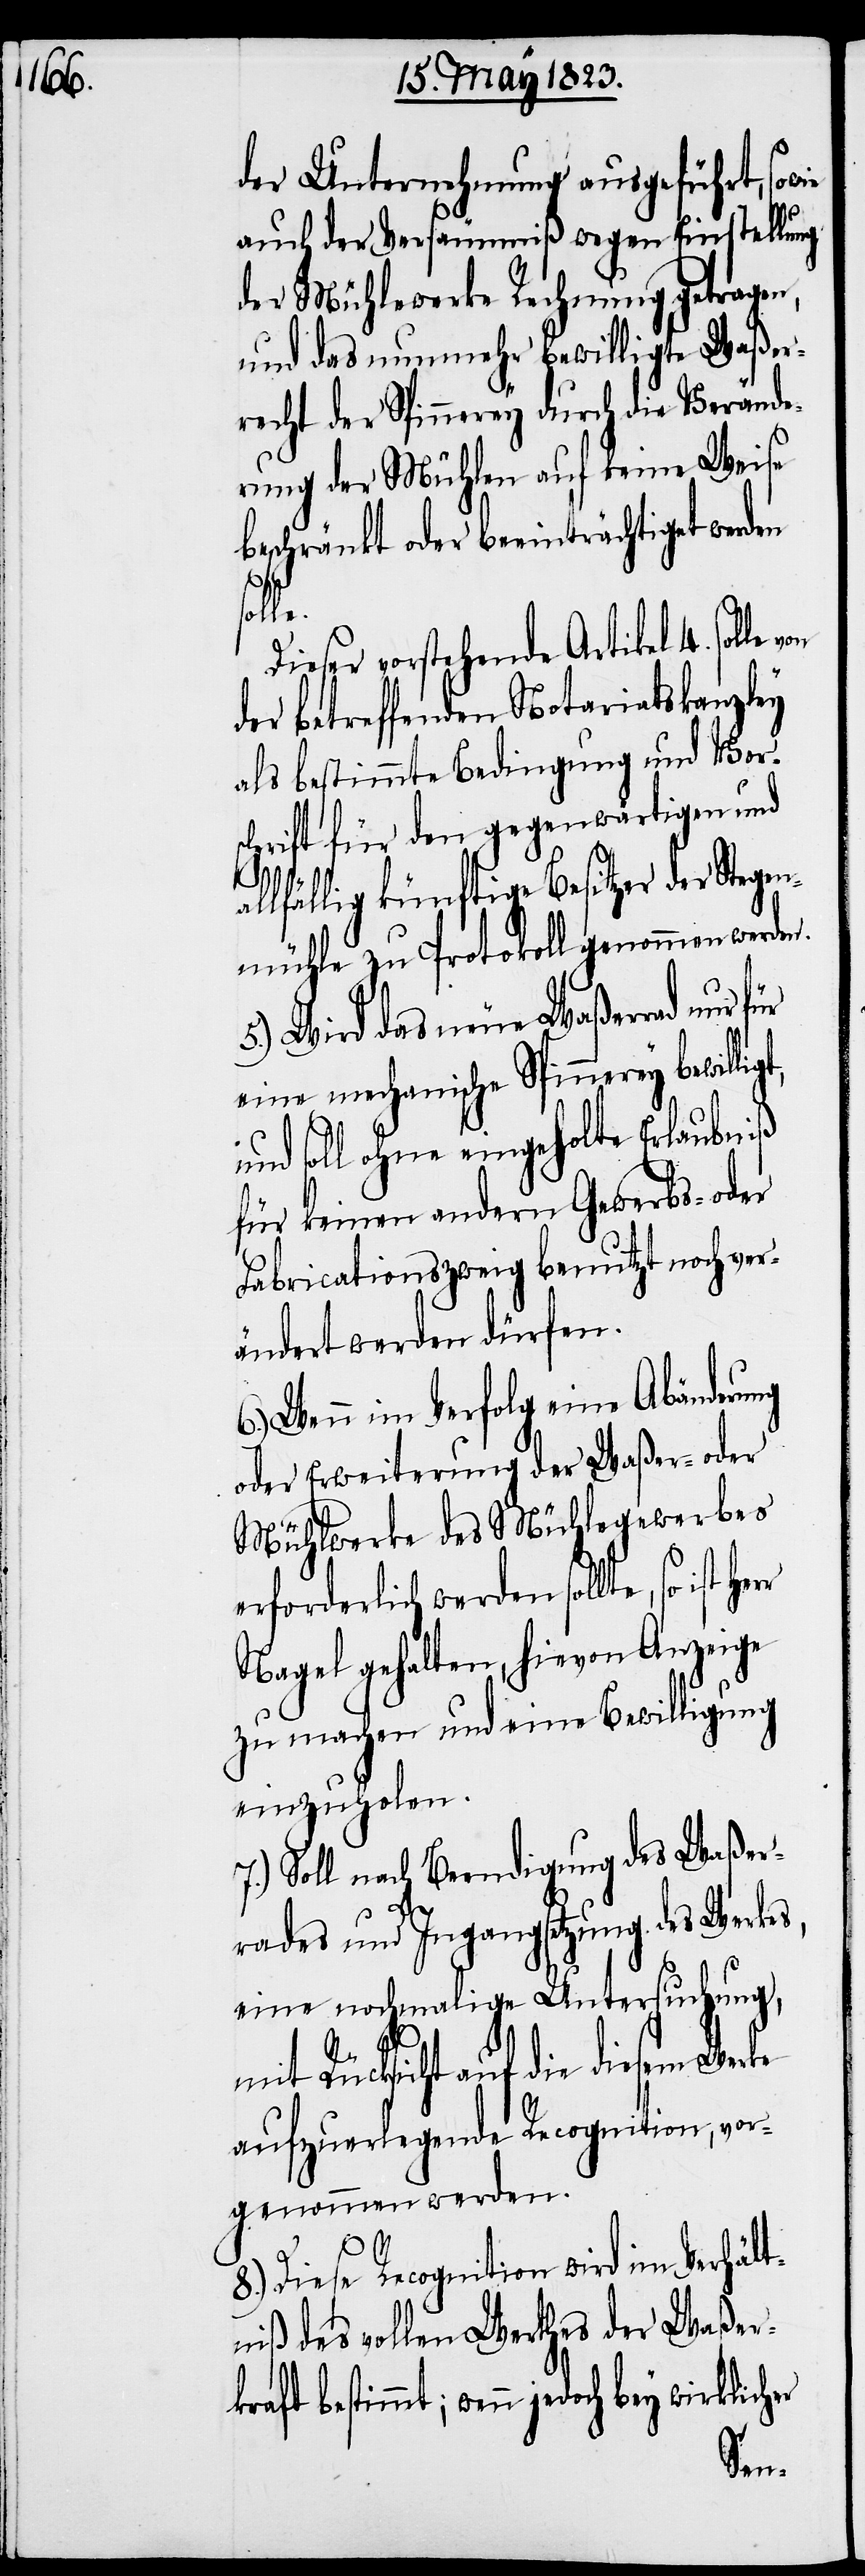
der Unternehmung ausgeführt, sowie
auch der Versäumniß wegen Einstellung
der Mühlewerke Rechnung getragen,
und das nunmehr bewilligte Waßer¬
recht der Spinnerey durch die Verände¬
rung der Mühlen auf keine Weise
beschränkt oder beeinträchtiget werden
le.
Dieser vorstehende Artikel 4. solle
der betreffenden Notariatskanzley
als bestimmte Bedingung und Vor¬
schrift für den gegenwärtigen und
kraft
allfällig künftige Besitzer der Stegen¬
mühle zu Protokoll genommen werden.
5.) Wird das neue Waßerrad nur
eine mechanische Spinnerey bewillig¬
und soll ohne eingeholte Erlaubniß
für keinen andern Gewerbs- oder
Fabricationszweig benutzt noch ver¬
ändert werden dürfen.
6.) Wenn im Verfolg eine Abänderung
oder Erweiterung der Waßer- oder
Mühlwerke des Mühlegewerbes
erforderlich werden sollte, so ist
Nagel gehalten, hievon Anzeige
zu machen und eine Bewilligung
einzuholen.
7.) Soll nach Beendigung des Waßer¬
rades und Ingangsetzung des Werkes,
eine nochmalige Untersuchung,
mit Rücksicht auf die diesem Werke
aufzuerlegende Recognition, vor¬
genommen werden.
8.) Diese Recognition wird im Verhält¬
niß des vollen Werthes der Waßer¬